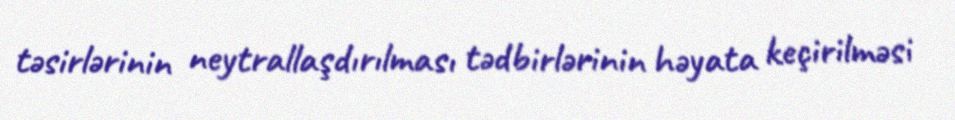
təsirlərinin neytrallaşdırılması tədbirlərinin həyata keçirilməsi